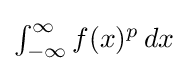
{\textstyle \int _{-\infty }^{\infty }f(x)^{p}\,dx}